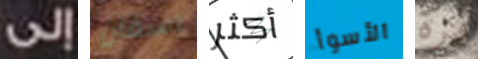
إلى آسفان أكثر الأسوأ مرة